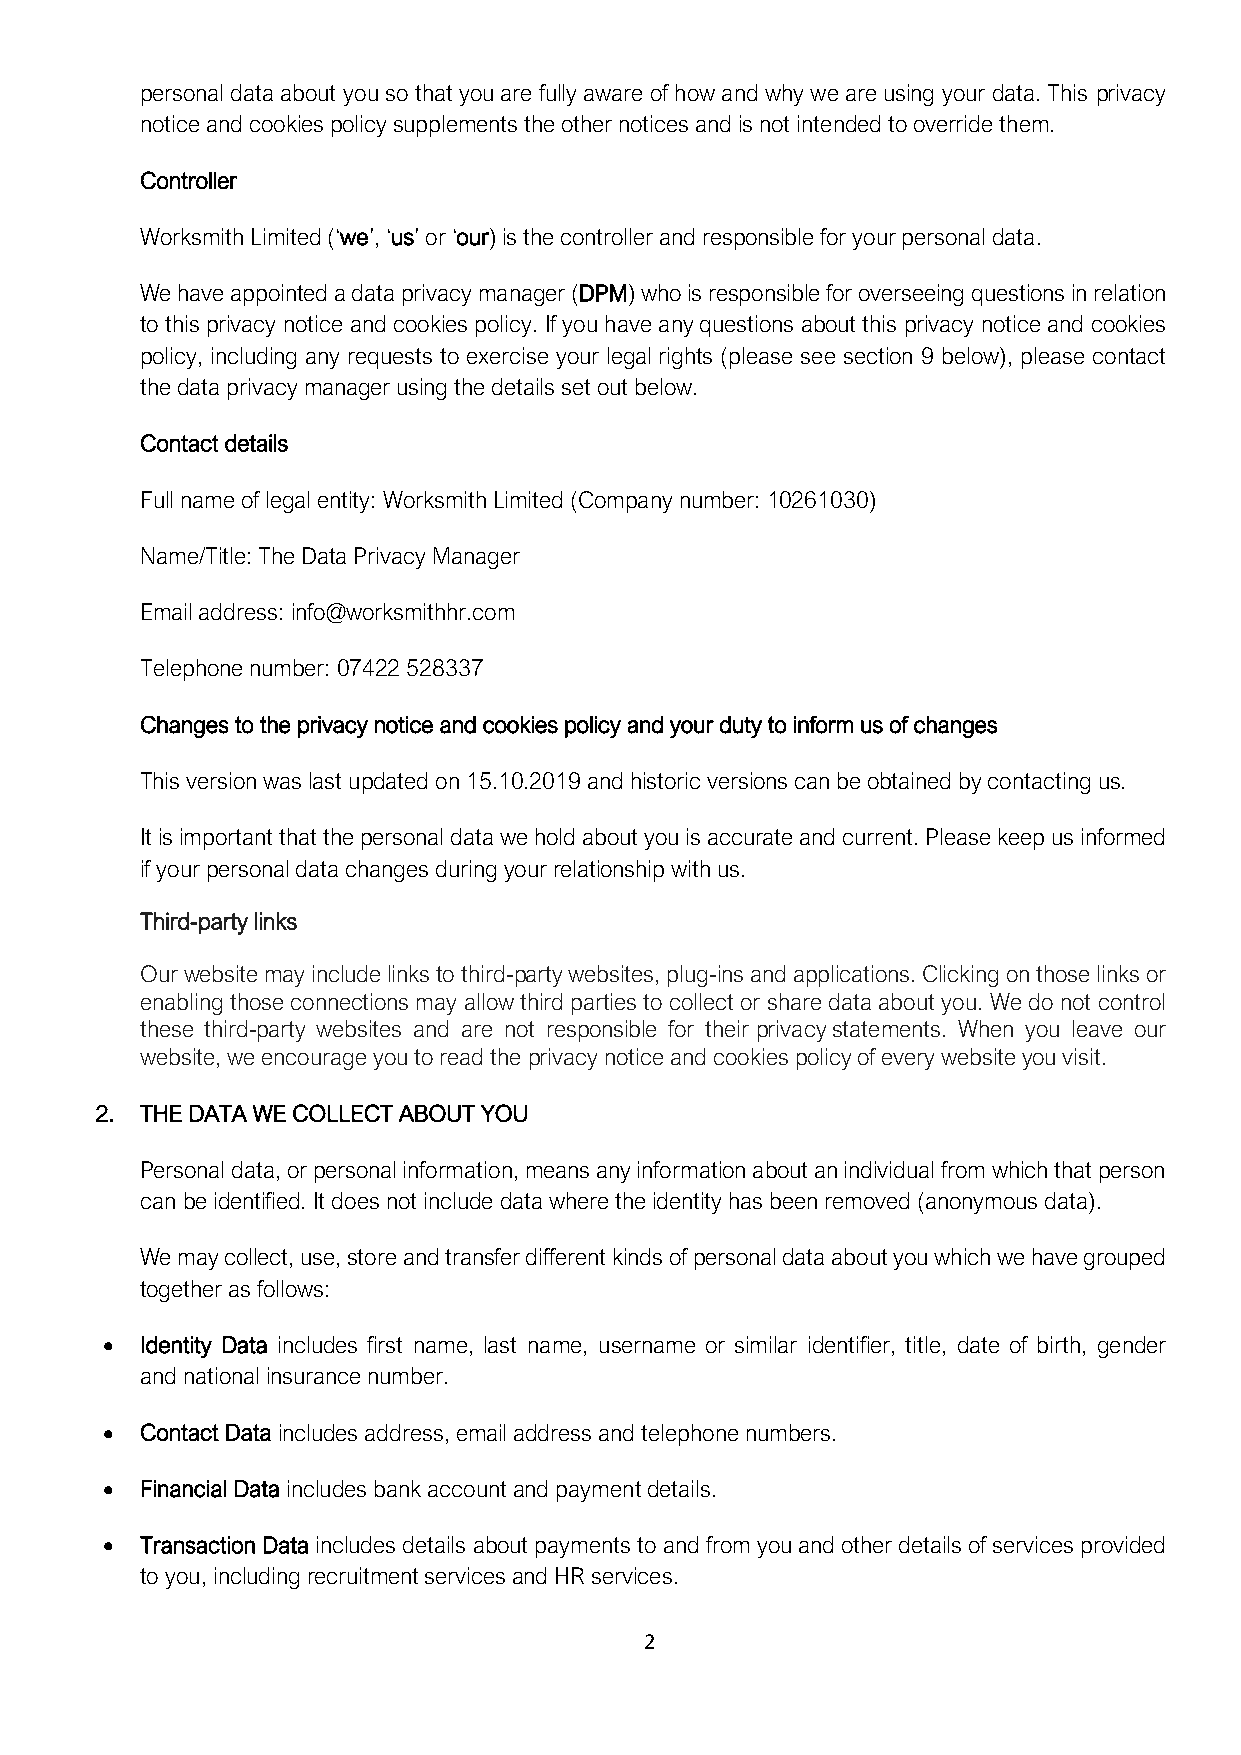
personal data about you so that you are fully aware of how and why we are using your data. This privacy
 notice and cookies policy supplements the other notices and is not intended to override them.
 Controller
 Worksmith Limited (‘we’, ‘us’ or ‘our) is the controller and responsible for your personal data.
 We have appointed a data privacy manager (DPM) who is responsible for overseeing questions in relation
 to this privacy notice and cookies policy. If you have any questions about this privacy notice and cookies
 policy, including any requests to exercise your legal rights (please see section 9 below), please contact
 the data privacy manager using the details set out below.
 Contact details
 Full name of legal entity: Worksmith Limited (Company number: 10261030)
 Name/Title: The Data Privacy Manager
 Email address: info@worksmithhr.com
 Telephone number: 07422 528337
 Changes to the privacy notice and cookies policy and your duty to inform us of changes
 This version was last updated on 15.10.2019 and historic versions can be obtained by contacting us.
 It is important that the personal data we hold about you is accurate and current. Please keep us informed
 if your personal data changes during your relationship with us.
 Third-party links
 Our website may include links to third-party websites, plug-ins and applications. Clicking on those links or
 enabling those connections may allow third parties to collect or share data about you. We do not control
 these third-party websites and are not responsible for their privacy statements. When you leave our
 website, we encourage you to read the privacy notice and cookies policy of every website you visit.
 2. THE DATA WE COLLECT ABOUT YOU
 Personal data, or personal information, means any information about an individual from which that person
 can be identified. It does not include data where the identity has been removed (anonymous data).
 We may collect, use, store and transfer different kinds of personal data about you which we have grouped
 together as follows:
 • Identity Data includes first name, last name, username or similar identifier, title, date of birth, gender
 and national insurance number.
 • Contact Data includes address, email address and telephone numbers.
 • Financial Data includes bank account and payment details.
 • Transaction Data includes details about payments to and from you and other details of services provided
 to you, including recruitment services and HR services.
 2